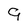
Character: 9